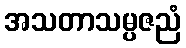
အသတာသမ္ပဇညံ